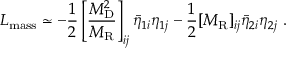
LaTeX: { \cal { L } } _ { \mathrm { m a s s } } \simeq - \frac { 1 } { 2 } \left[ \frac { M _ { \mathrm { D } } ^ { 2 } } { M _ { \mathrm { R } } } \right] _ { i j } \bar { \eta } _ { 1 i } \eta _ { 1 j } - \frac { 1 } { 2 } [ M _ { \mathrm { R } } ] _ { i j } \bar { \eta } _ { 2 i } \eta _ { 2 j } ~ .